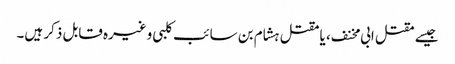
جیسے مقتل ابی مخنف ، یا مقتل ہشام بن سائب کلبی وغیرہ قابل ذکر ہیں۔